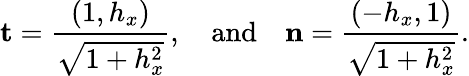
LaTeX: \mathbf{t}=\frac{(1,h_{x})}{\sqrt{1+h_{x}^{2}}},\quad\textrm{and}\quad\mathbf{n}=\frac{(-h_{x},1)}{\sqrt{1+h_{x}^{2}}}.